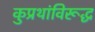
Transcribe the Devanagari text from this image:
कुप्रथांविरूद्ध